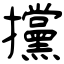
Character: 攩